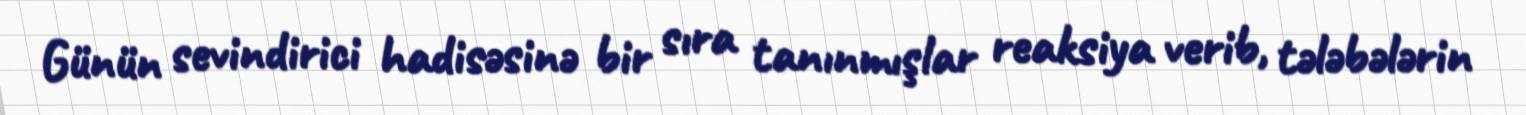
Günün sevindirici hadisəsinə bir sıra tanınmışlar reaksiya verib, tələbələrin